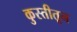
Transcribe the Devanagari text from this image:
कुस्तीतून